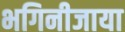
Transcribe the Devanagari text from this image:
भगिनीजाया